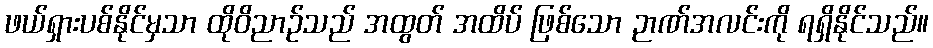
ဖယ်ရှားပစ်နိုင်မှသာ ထိုဝိညာဉ်သည် အထွတ် အထိပ် ဖြစ်သော ဉာဏ်အလင်းကို ရရှိနိုင်သည်။